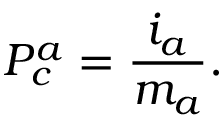
P _ { c } ^ { a } = \frac { i _ { a } } { m _ { a } } .